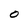
Character: O